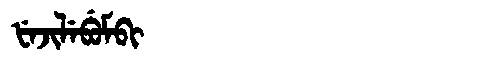
Manchu: ᡶᡝᠵᡳᠯᡝᠪᡠᠮᠪᡳ
Romanization: FEJILEBUMBI